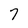
Character: 7